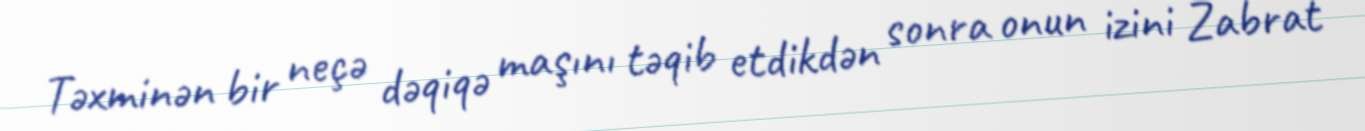
Təxminən bir neçə dəqiqə maşını təqib etdikdən sonra onun izini Zabrat